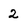
Character: 2